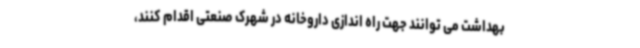
بهداشت می توانند جهت راه اندازی داروخانه در شهرک صنعتی اقدام کنند،